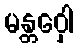
မန္တဝှေါ